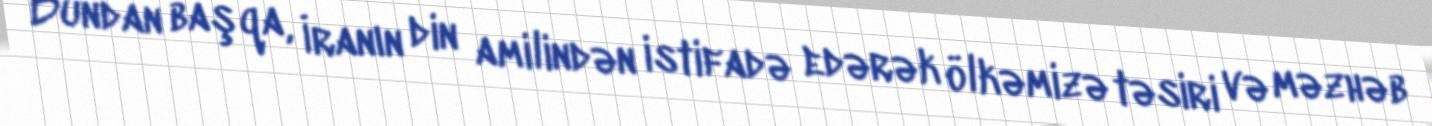
Bundan başqa, İranın din amilindən istifadə edərək ölkəmizə təsiri və məzhəb